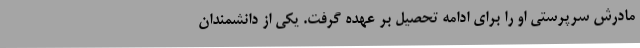
مادرش سرپرستی او را برای ادامه تحصیل بر عهده گرفت. یکی از دانشمندان